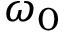
\omega _ { 0 }